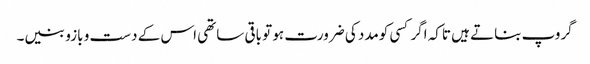
گروپ بناتے ہیں تاکہ اگر کسی کومدد کی ضرورت ہو تو باقی ساتھی اس کے دست و بازو بنیں۔